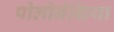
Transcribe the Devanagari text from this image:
पोलोनेशिया